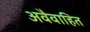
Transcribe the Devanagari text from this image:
अवैवाहित